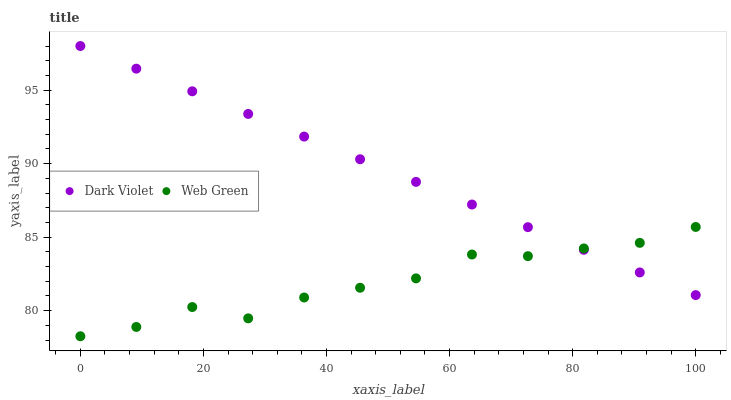
| xaxis_label | Dark Violet | Web Green |
 | --- | --- | --- |
 | 0 | 98 | 78.3 |
 | 9.09 | 96.5 | 78.9 |
 | 18.2 | 94.9 | 80.2 |
 | 27.3 | 93.4 | 79.5 |
 | 36.4 | 91.8 | 80.9 |
 | 45.5 | 90.3 | 81.6 |
 | 54.5 | 88.8 | 82.2 |
 | 63.6 | 87.2 | 83.8 |
 | 72.7 | 85.7 | 83.7 |
 | 81.8 | 84.1 | 84.2 |
 | 90.9 | 82.6 | 84.6 |
 | 100 | 81.1 | 85.7 |